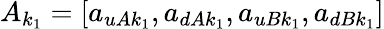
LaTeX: A_{k_{1}}=[a_{uAk_{1}},a_{dAk_{1}},a_{uBk_{1}},a_{dBk_{1}}]